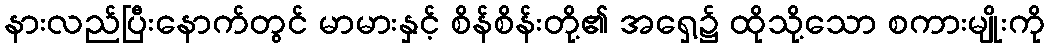
နားလည်ပြီးနောက်တွင် မာမားနှင့် စိန်စိန်းတို့၏ အရှေ့၌ ထိုသို့သော စကားမျိုးကို